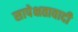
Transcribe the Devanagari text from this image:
सापेक्षतावादी